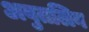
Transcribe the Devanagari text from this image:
अबुतलिब